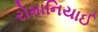
રોમાનિયાઈ